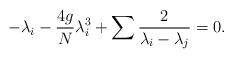
LaTeX: \begin{align*}- \lambda_{i} - {4g\over {N}}\lambda_{i}^{3} + \sum {2\over {\lambda_{i} -\lambda_{j}}} = 0.\end{align*}